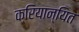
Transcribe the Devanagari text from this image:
क्रियान्यित